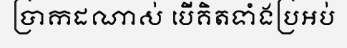
ប្រាកដណាស់ បើគិតទាំងប្រអប់